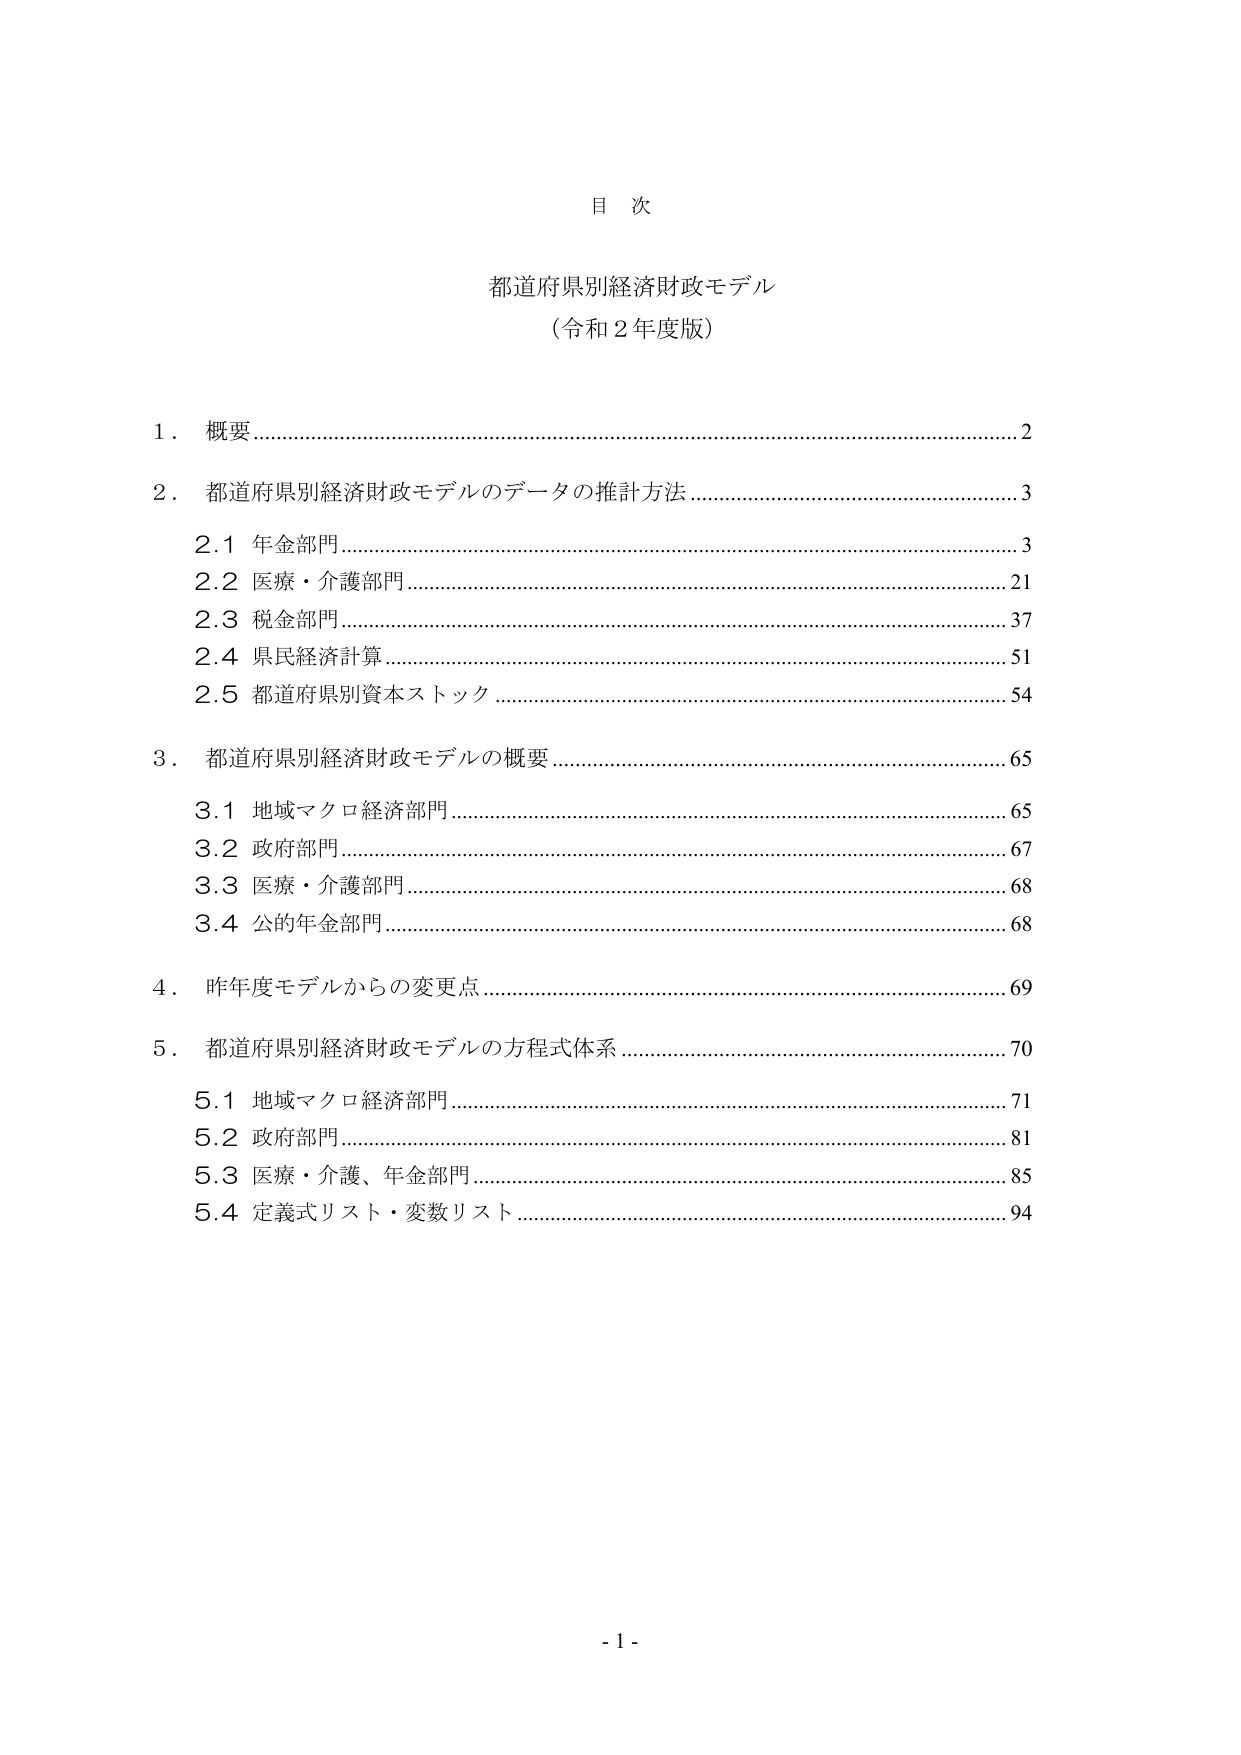
目 次

都道府県別経済財政モデル
（令和２年度版）

１．概要…………………………………………………………………………………２

２．都道府県別経済財政モデルのデータの推計方法…………………………………３
　２.１ 年金部門………………………………………………………………………３
　２.２ 医療・介護部門………………………………………………………………２１
　２.３ 税金部門………………………………………………………………………３７
　２.４ 県民経済計算…………………………………………………………………５１
　２.５ 都道府県別資本ストック………………………………………………………５４

３．都道府県別経済財政モデルの概要………………………………………………６５
　３.１ 地域マクロ経済部門……………………………………………………………６５
　３.２ 政府部門………………………………………………………………………６７
　３.３ 医療・介護部門………………………………………………………………６８
　３.４ 公的年金部門…………………………………………………………………６８

４．昨年度モデルからの変更点………………………………………………………６９

５．都道府県別経済財政モデルの方程式体系………………………………………７０
　５.１ 地域マクロ経済部門……………………………………………………………７１
　５.２ 政府部門………………………………………………………………………８１
　５.３ 医療・介護、年金部門………………………………………………………８５
　５.４ 定義式リスト・変数リスト……………………………………………………９４

- 1 -